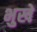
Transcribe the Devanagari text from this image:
भुखे